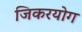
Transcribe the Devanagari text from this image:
जिकरयोग